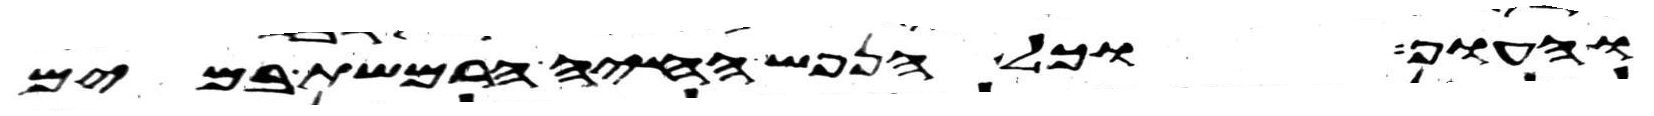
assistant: והעוף וכל הנפש החיה הרמשת במים